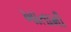
ખાતામી